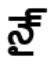
నై్